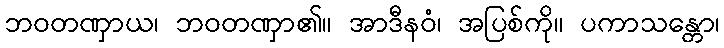
ဘဝတဏှာယ၊ ဘဝတဏှာ၏။ အာဒီနဝံ၊ အပြစ်ကို။ ပကာသန္တော၊